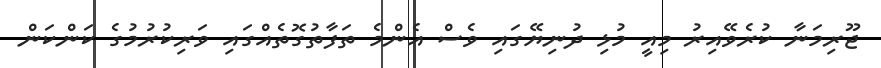
ޖޫރިމަނާ ކުރެވޭއިރު މިއީ މުޅި ދުނިޔޭގައި ވެސް އެންމެ ތަފާތުގޮތެއްގައި ވަރިކުރުމުގެ ކަންކަން